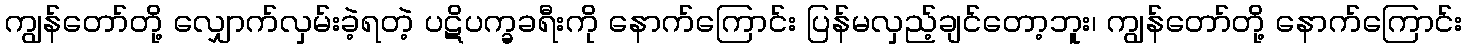
ကျွန်တော်တို့ လျှောက်လှမ်းခဲ့ရတဲ့ ပဋိပက္ခခရီးကို နောက်ကြောင်း ပြန်မလှည့်ချင်တော့ဘူး၊ ကျွန်တော်တို့ နောက်ကြောင်း